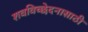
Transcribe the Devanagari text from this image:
शवविच्छेदनासाठी